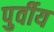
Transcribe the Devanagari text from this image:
पुर्वीय